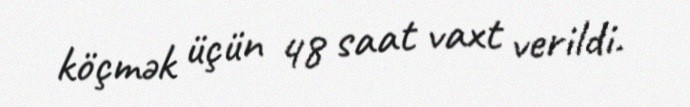
köçmək üçün 48 saat vaxt verildi.